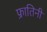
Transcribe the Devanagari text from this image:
फ्रातिनी